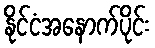
နိုင်ငံအနောက်ပိုင်း